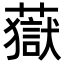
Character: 𧀀